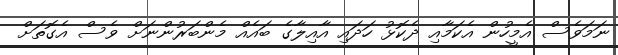
ނަމަވެސް އެމީހުން އެކަމާއި ދެކޮޅު ހަދައި އާއިލާގެ ބައެއް މެންބަރުންނަށް ވެސް އެގޮތަށް